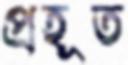
প্রহূত